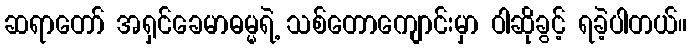
ဆရာတော် အရှင်ခေမာဓမ္မရဲ့ သစ်တောကျောင်းမှာ ဝါဆိုခွင့် ရခဲ့ပါတယ်။